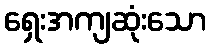
ရှေးအကျဆုံးသော